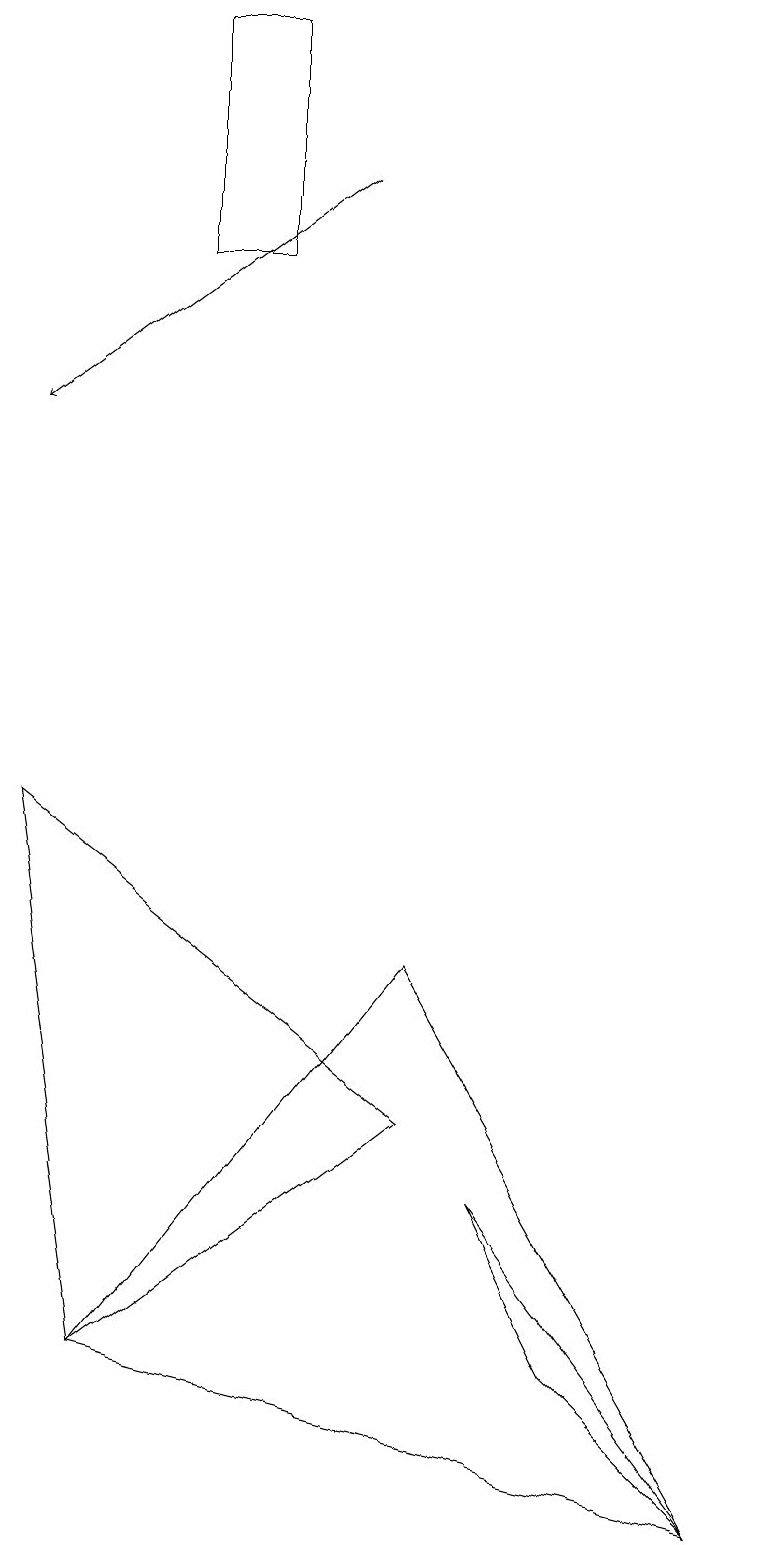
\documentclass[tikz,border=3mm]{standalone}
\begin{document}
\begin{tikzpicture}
\draw (6,4) -- (9,0) -- (7,2) -- cycle;
\draw (5,7) -- (9,0) -- (1,2) -- cycle;
\draw[->] (4,17) -- (0,14);
\draw (3,19) rectangle (2,16);
\draw (0,9) -- (5,5) -- (1,2) -- cycle;
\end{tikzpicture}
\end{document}